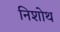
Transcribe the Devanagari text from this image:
निशोथ